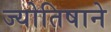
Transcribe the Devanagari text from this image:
ज्योतिषाने